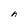
Character: n